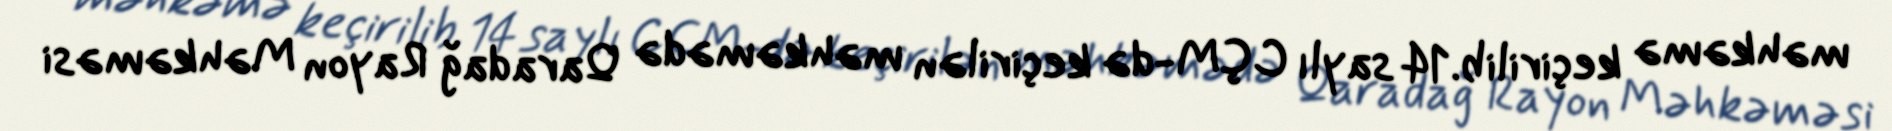
məhkəmə keçirilib.14 saylı CÇM-də keçirilən məhkəmədə Qaradağ Rayon Məhkəməsi